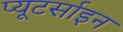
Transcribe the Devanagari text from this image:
प्यूटर्साइन